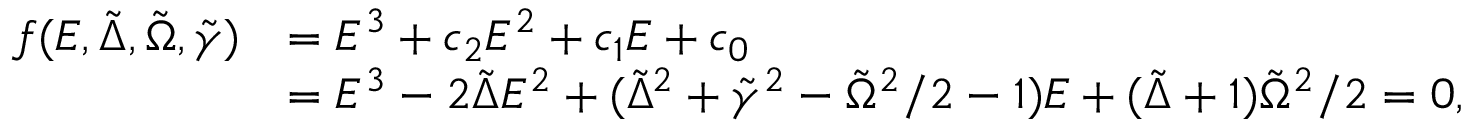
\begin{array} { r l } { f ( E , \tilde { \Delta } , \tilde { \Omega } , \tilde { \gamma } ) } & { = E ^ { 3 } + c _ { 2 } E ^ { 2 } + c _ { 1 } E + c _ { 0 } } \\ & { = E ^ { 3 } - 2 \tilde { \Delta } E ^ { 2 } + ( \tilde { \Delta } ^ { 2 } + \tilde { \gamma } ^ { 2 } - \tilde { \Omega } ^ { 2 } / 2 - 1 ) E + ( \tilde { \Delta } + 1 ) \tilde { \Omega } ^ { 2 } / 2 = 0 , } \end{array}